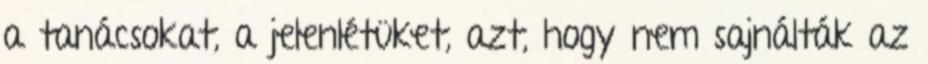
a tanácsokat, a jelenlétüket, azt, hogy nem sajnálták az